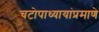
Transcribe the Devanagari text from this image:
चटोपाध्यायांप्रमाणे